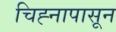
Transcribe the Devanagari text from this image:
चिह्नापासून